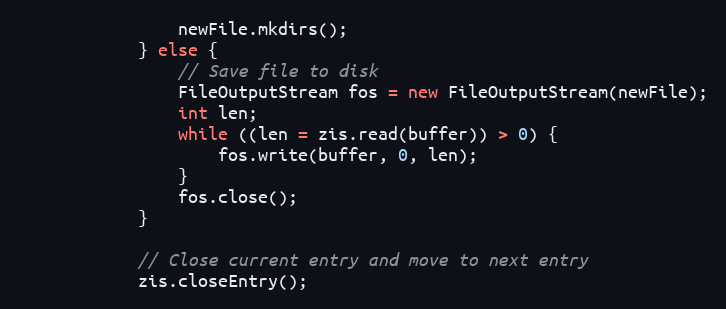
Language: Java
                newFile.mkdirs();
            } else {
                // Save file to disk
                FileOutputStream fos = new FileOutputStream(newFile);
                int len;
                while ((len = zis.read(buffer)) > 0) {
                    fos.write(buffer, 0, len);
                }
                fos.close();
            }

            // Close current entry and move to next entry
            zis.closeEntry();